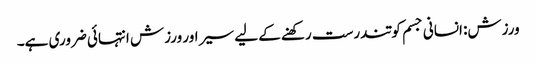
ورزش: انسانی جسم کو تندرست رکھنے کے لیے سیر اور ورزش انتہائی ضروری ہے۔